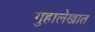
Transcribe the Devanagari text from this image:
गुहालेखात